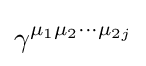
\gamma ^{\mu _{1}\mu _{2}\cdots \mu _{2j}}